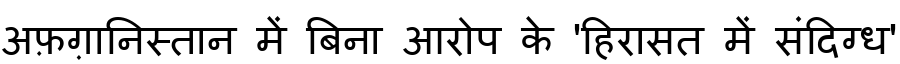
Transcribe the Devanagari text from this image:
अफ़ग़ानिस्तान में बिना आरोप के 'हिरासत में संदिग्ध'